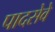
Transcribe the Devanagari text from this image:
पादसेवे